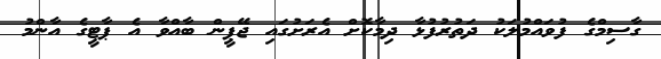
ގާސިމްގެ ފުވައްމުލަކު ދަތުރުފުޅާ ދިމާކޮށް އެރަށުގައި ޖޭޕީން ބާއްވާ އެ ޕާޓީގެ އާންމު